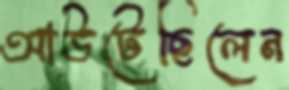
আউটেছিলেন